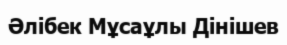
Әлібек Мұсаұлы Дінішев